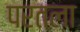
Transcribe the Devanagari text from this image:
परतला